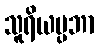
သူရိယပ္ပဘာ